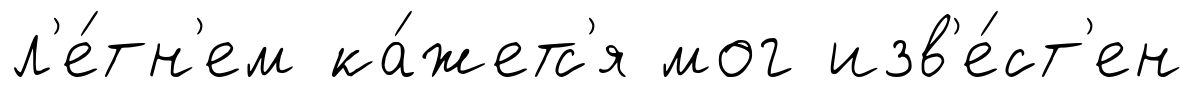
л'е́тн'ем ка́жетс'я мог изв'е́ст'ен